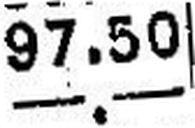
—.—